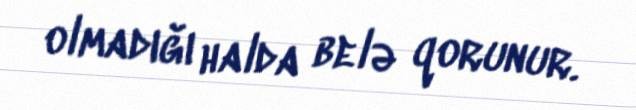
olmadığı halda belə qorunur.